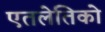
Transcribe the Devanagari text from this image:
एतलेतिको